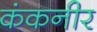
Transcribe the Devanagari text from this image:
कंकनीर